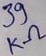
Text: 39KΩ